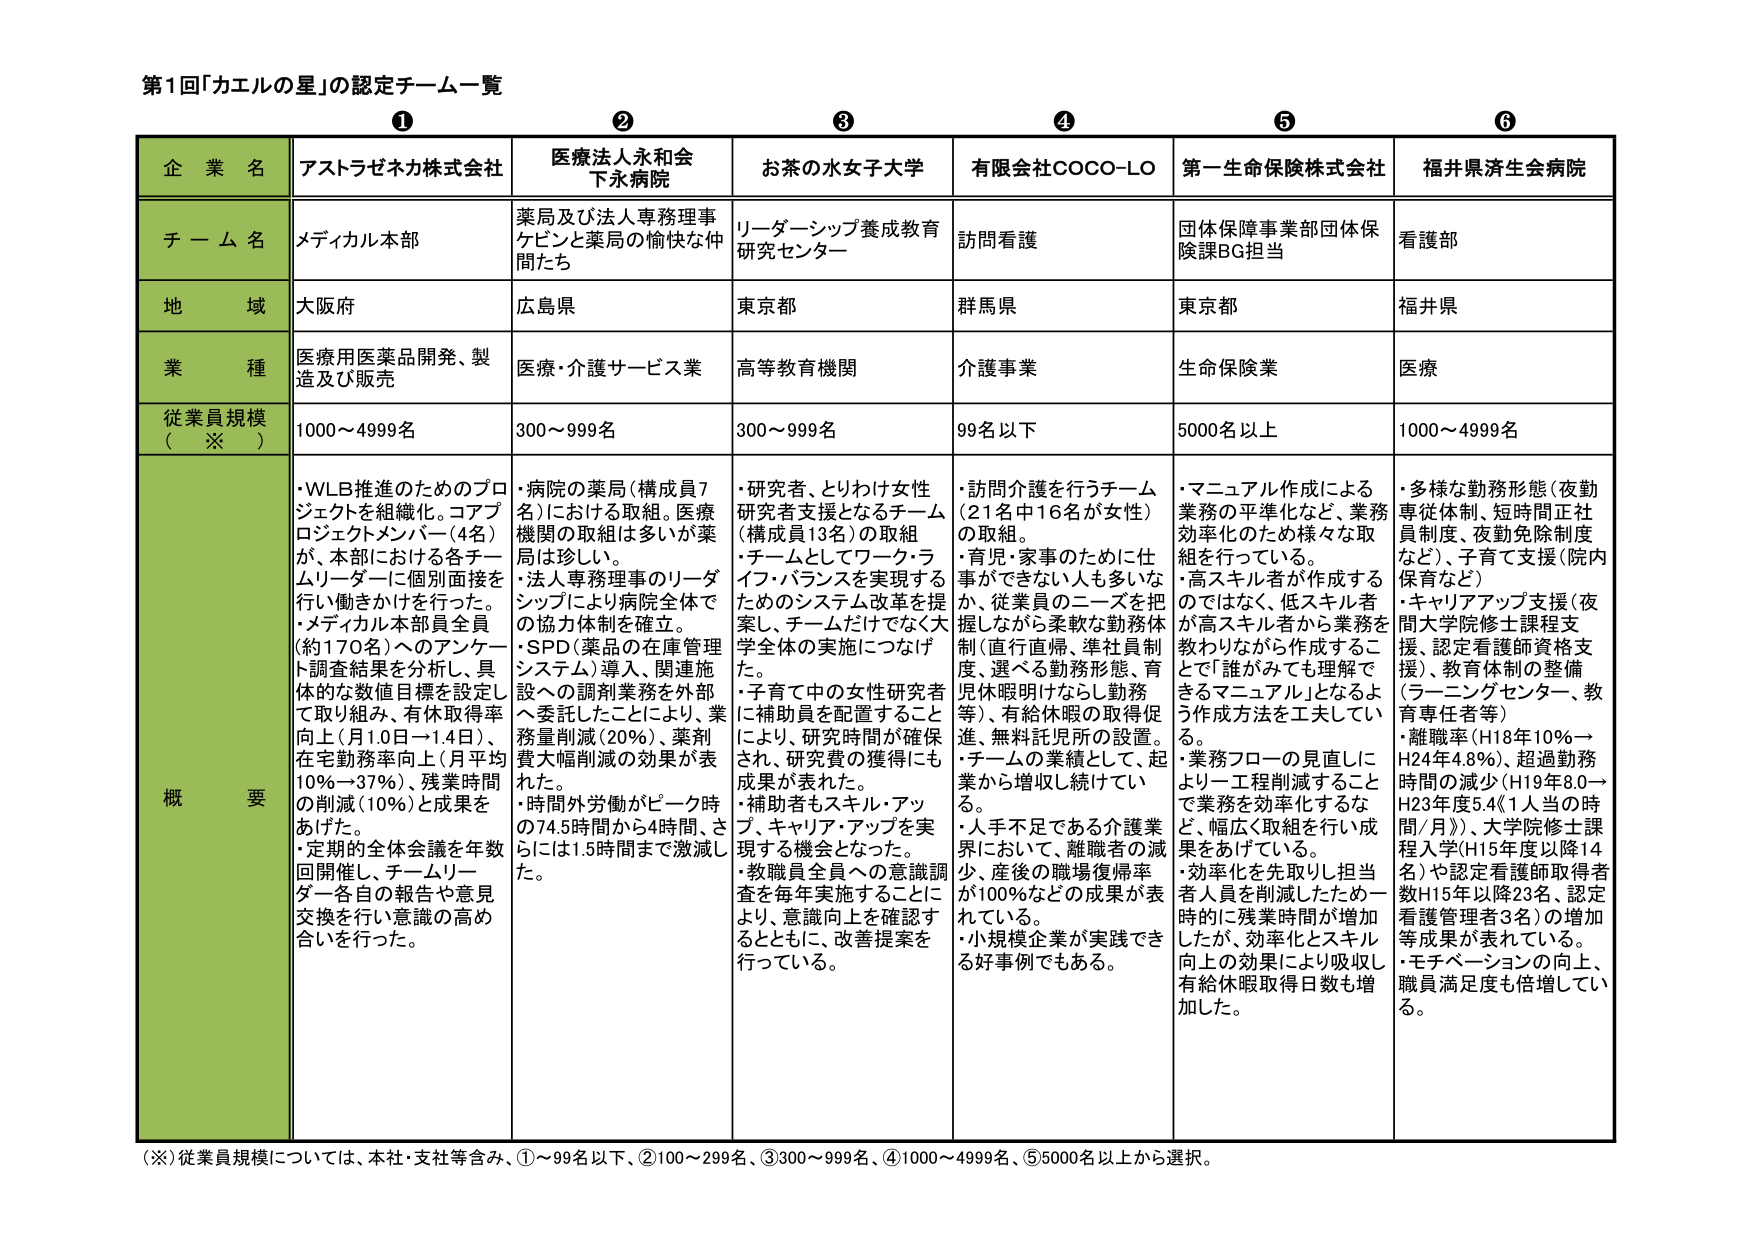
第1回「カエルの星」の認定チーム一覧

① ② ③ ④ ⑤ ⑥

企業名 アストラゼネカ株式会社 医療法人永和会 下永病院 お茶の水女子大学 有限会社COCO-LO 第一生命保険株式会社 福井県済生会病院

チーム名 メディカル本部 薬局及び法人専務理事 ケビンと薬局の愉快な仲間たち リーダーシップ養成教育 研究センター 訪問看護 団体保障事業部団体保険課BG担当 看護部

地域 大阪府 広島県 東京都 群馬県 東京都 福井県

業種 医療用医薬品開発、製造及び販売 医療・介護サービス業 高等教育機関 介護事業 生命保険業 医療

従業員規模（※） 1000～4999名 300～999名 300～999名 99名以下 5000名以上 1000～4999名

概要
・WLB推進のためのプロジェクトを組織化。コアプロジェクトメンバー（4名）が、本部における各チームリーダーに個別面接を行い働きかけを行った。
・メディカル本部員全員（約170名）へのアンケート調査結果を分析し、具体的な数値目標を設定して取り組み、有休取得率向上（月1.0日→1.4日）、在宅勤務率向上（月平均10%→37%）、残業時間の削減（10%）と成果をあげた。
・定期的全体会議を年数回開催し、チームリーダー各自の報告や意見交換を行い意識の高め合いを行った。

・病院の薬局（構成員7名）における取組。医療機関の取組が多いが薬局は珍しい。
・法人専務理事のリーダーシップにより病院全体での協力体制を確立。
・SPD（薬品の在庫管理システム）導入、関連施設への調剤業務を外部へ委託したことにより、業務量削減（20%）、薬剤費大幅削減の成果が表れた。
・時間外労働がピーク時の74.5時間から4時間、さらには1.5時間まで激減した。

・研究者、とりわけ女性研究者支援となるチーム（構成員13名）の取組
・チームとしてワーク・ライフ・バランスを実現するためのシステム改革を提案し、チームだけでなく大学全体の実施につなげた。
・子育て中の女性研究者に補助員を配置することにより、研究時間が確保され、研究費の獲得にも成果が表れた。
・補助者もスキル・アップ、キャリア・アップを実現する機会となった。
・教職員全員への意識調査を毎年実施することにより、意識向上を確認するとともに、改善提案を行っている。

・訪問介護を行うチーム（21名中16名が女性）の取組。
・育児・家事のために仕事ができない人も多いなか、従業員のニーズを把握しながら柔軟な勤務体制（直行直帰、準社員制度、選べる勤務形態、育児休暇明けならし勤務等）、有給休暇の取得促進、無料託児所の設置。
・チームの業績として、起業から増収し続けてい る。
・人手不足である介護業界において、離職者の減少、産後の職場復帰率が100%などの成果が表れている。
・小規模企業が実践できる好事例でもある。

・マニュアル作成による業務の平準化など、業務効率化のため様々な取組を行っている。
・高スキル者が作成するのではなく、低スキル者が高スキル者から業務を教わりながら作成するこ とで「誰がみても理解できるマニュアル」となるよう作成方法を工夫している。
・業務フローの見直しにより工程削減することで業務を効率化するなど、幅広く取組を行い成果をあげている。
・効率化を先取りし担当者人員を削減したため一時的に残業時間が増加したが、効率化とスキル向上の効果により吸収し有給休暇取得日数も増加した。

・多様な勤務形態（夜勤専従体制、短時間正社員制度、夜勤免除制度など）、子育て支援（院内保育など）
・キャリアアップ支援（夜間大学院修士課程支援、認定看護師資格支援）、教育体制の整備（ラーニングセンター、教育責任者等）
・離職率（H18年10%→H24年4.8%）、超過勤務時間の減少（H19年8.0→H23年5.4（1人当の時間/月））、大学院修士課程入学（H15年度以降14名）や認定看護師取得者数（H15年以降23名）、認定看護管理者（3名）の増加等成果が表れている。
・モチベーションの向上、職員満足度も倍増している。

（※）従業員規模については、本社・支社等含み、①～99名以下、②100～299名、③300～999名、④1000～4999名、⑤5000名以上から選択。